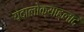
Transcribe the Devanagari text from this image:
यदालोक्याह्लादं